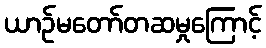
ယာဉ်မတော်တဆမှုကြောင့်